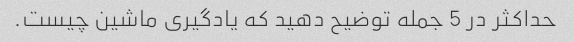
حداکثر در 5 جمله توضیح دهید که یادگیری ماشین چیست.